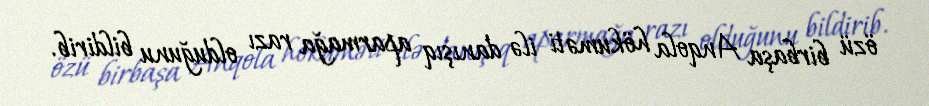
özü birbaşa Anqola hökuməti ilə danışıq aparmağa razı olduğunu bildirib.